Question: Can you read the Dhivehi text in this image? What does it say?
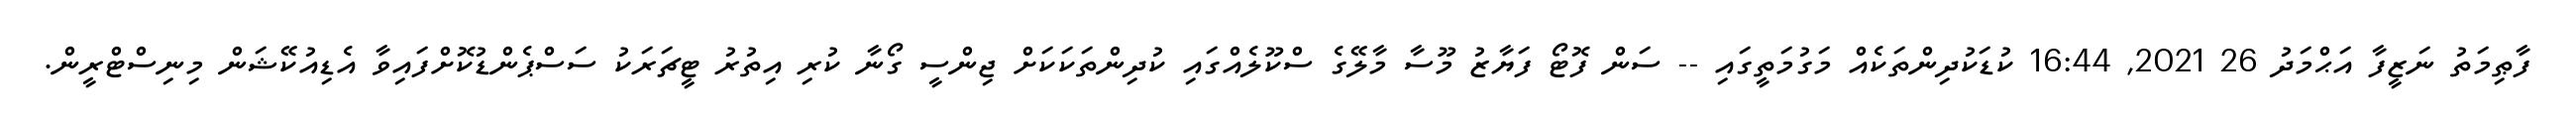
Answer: ފާޠިމަތު ނަޒީފާ އަޙްމަދު 26 2021, 16:44 ކުޑަކުދިންތަކެއް މަގުމަތީގައި -- ސަން ފޮޓޯ ފަޔާޒު މޫސާ މާލޭގެ ސްކޫލެއްގައި ކުދިންތަކަކަށް ޖިންސީ ގޯނާ ކުރި އިތުރު ޓީޗަރަކު ސަސްޕެންޑުކޮށްފައިވާ އެޑިއުކޭޝަން މިނިސްޓްރީން.